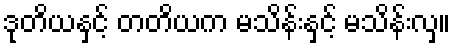
ဒုတိယနှင့် တတိယက မသိန်းနှင့် မသိန်းလှ။